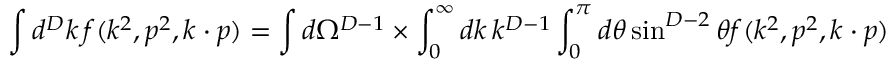
\int d ^ { D } k \, f ( k ^ { 2 } , p ^ { 2 } , k \cdot p ) = \int d \Omega ^ { D - 1 } \times \int _ { 0 } ^ { \infty } d k \, k ^ { D - 1 } \int _ { 0 } ^ { \pi } d \theta \sin ^ { D - 2 } \theta f ( k ^ { 2 } , p ^ { 2 } , k \cdot p )